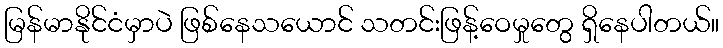
မြန်မာနိုင်ငံမှာပဲ ဖြစ်နေသယောင် သတင်းဖြန့်ဝေမှုတွေ ရှိနေပါတယ်။